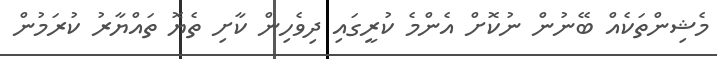
މެޝިންތަކެއް ބޭނުން ނުކޮށް އެންމެ ކުރީގައި ދިވެހިން ކާށި ތެޔޮ ތައްޔާރު ކުރަމުން